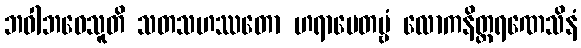
ဘဝါဘဝေသူတိ သတသဟဿတော ဟရာပေတဗ္ဗံ လောကနိတ္ထရဏေသိနံ